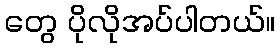
တွေ ပိုလိုအပ်ပါတယ်။